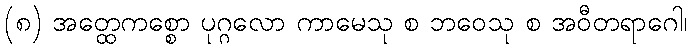
(၈) အတ္ထေကစ္စော ပုဂ္ဂလော ကာမေသု စ ဘဝေသု စ အဝီတရာဂေါ၊